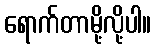
ရောက်တာမို့လို့ပါ။